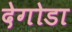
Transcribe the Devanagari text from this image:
देगोडा